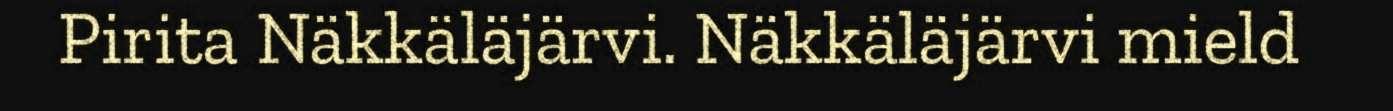
Pirita Näkkäläjärvi. Näkkäläjärvi mield